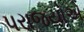
પરાજયોએ